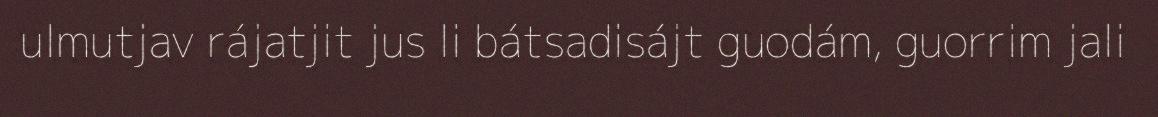
ulmutjav rájatjit jus li bátsadisájt guodám, guorrim jali